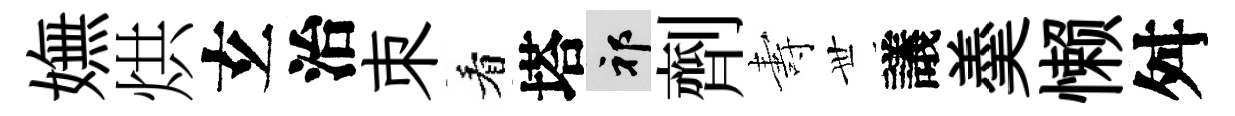
嫵烘𤣥治朿看塔祁劑夀𠀍議羮懒舛